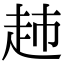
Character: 𧺡